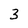
Character: 3